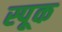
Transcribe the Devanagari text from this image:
स्पूक